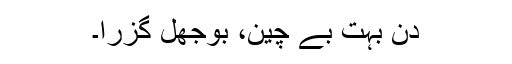
دن بہت بے چین، بوجھل گزرا۔